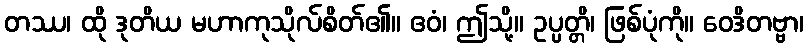
တဿ၊ ထို ဒုတိယ မဟာကုသိုလ်စိတ်၏။ ဧဝံ၊ ဤသို့။ ဥပ္ပတ္တိ၊ ဖြစ်ပုံကို။ ဝေဒိတဗ္ဗာ၊